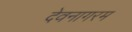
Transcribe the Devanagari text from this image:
देवनागरम